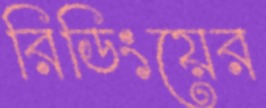
রিডিংয়ের